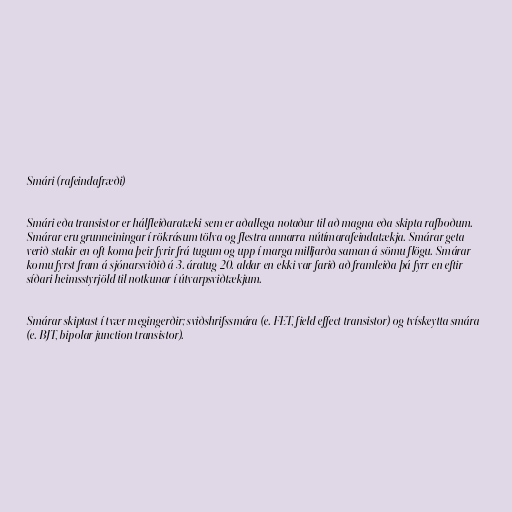
Smári (rafeindafræði)

Smári eða transistor er hálfleiðaratæki sem er aðallega notaður til að magna eða skipta rafboðum.
Smárar eru grunneiningar í rökrásum tölva og flestra annarra nútímarafeindatækja. Smárar geta
verið stakir en oft koma þeir fyrir frá tugum og upp í marga milljarða saman á sömu flögu. Smárar
komu fyrst fram á sjónarsviðið á 3. áratug 20. aldar en ekki var farið að framleiða þá fyrr en eftir
síðari heimsstyrjöld til notkunar í útvarpsviðtækjum.

Smárar skiptast í tvær megingerðir; sviðshrifssmára (e. FET, field effect transistor) og tvískeytta smára
(e. BJT, bipolar junction transistor).